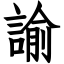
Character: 諭